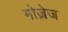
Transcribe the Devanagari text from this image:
मोज़ेज